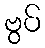
ဗွပ်